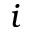
i